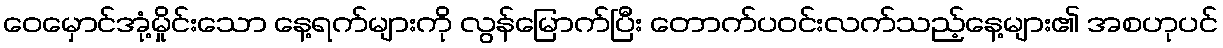
ဝေမှောင်အုံ့မှိုင်းသော နေ့ရက်များကို လွန်မြောက်ပြီး တောက်ပဝင်းလက်သည့်နေ့များ၏ အစဟုပင်